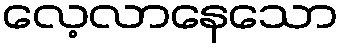
လေ့လာနေသော